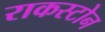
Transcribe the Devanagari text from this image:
राकस्टोन